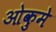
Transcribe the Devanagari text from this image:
ओकुमे